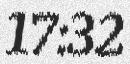
17:32